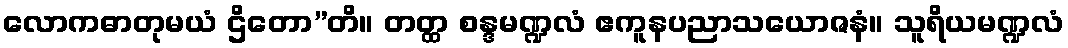
လောကဓာတုမယံ ဌိတော”တိ။ တတ္ထ စန္ဒမဏ္ဍလံ ဧကူနပညာသယောဇနံ။ သူရိယမဏ္ဍလံ